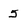
Character: 5